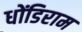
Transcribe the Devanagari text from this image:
धोंडिराम